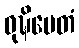
ဝုဍ္ဎိမေတံ